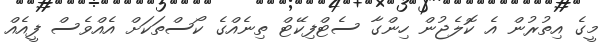
މީގެ އިތުރުން އެ ކޮލެޖުން ހިންގާ ސެޓްފިކޭޓް ތިނެއްގެ ކޯސްތަަކަށް އެއްވެސް ފީއެއް